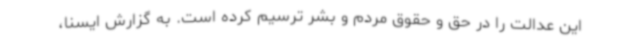
این عدالت را در حق و حقوق مردم و بشر ترسیم کرده است. به گزارش ایسنا،